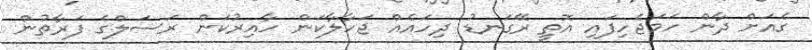
ގެއަށް ދާން ހަމަޖެހިފައި އޮތީ ރޭގަނޑު ދިހައެއް ޖަހާލާކަން ހާއިރުކަން ރަސަލްގެ ފަރާތުން